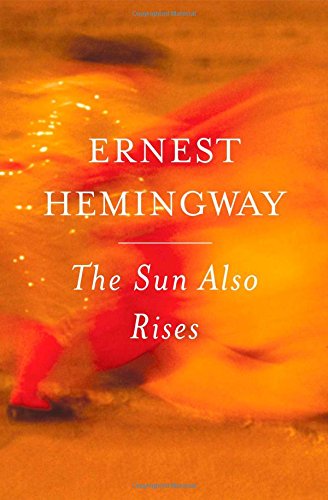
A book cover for The Sun Also Rises; Ernest Hemingway; Literature & Fiction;